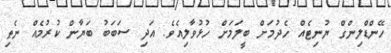
ހޭންޑްލިންގް ޔުނިޓެއް ހެދުމަށް ބީލަމަށް ހުޅުވާލިއެވެ. އަދި ސަބަބު ބަޔާން ކުރުމެއް ނެތި